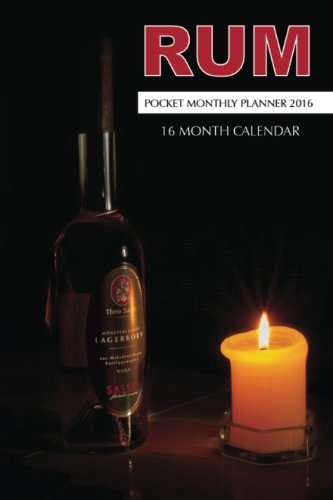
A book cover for Rum Pocket Monthly Planner 2016: 16 Month Calendar; Jack Smith; Calendars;